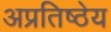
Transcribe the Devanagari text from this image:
अप्रतिष्ठेय